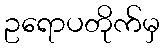
ဥရောပတိုက်မှ